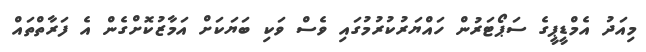
މިއަދު އެމްޑީޕީގެ ސަޕޯޓަރުން ހައްޔަރުކުރުމުގައި ވެސް ވަކި ބަޔަކަށް އަމާޒުކޮށްގެން އެ ފަރާތްތައް